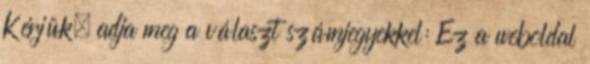
Kérjük, adja meg a választ számjegyekkel: Ez a weboldal